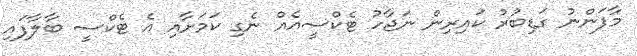
މާފަންނު ގަޑިބުރު ކައިރިން ނަޖާހު ޓެކްސީއެއް ނެގި ކަމަށާއި އެ ޓެކްސީ ބާލާފައި